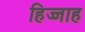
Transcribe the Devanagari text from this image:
हिज्जाह